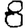
Digit: 8